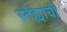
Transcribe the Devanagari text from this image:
स्नेह्यांची